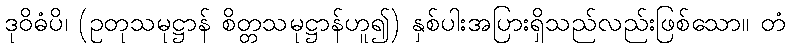
ဒုဝိဓံပိ၊ (ဥတုသမုဋ္ဌာန် စိတ္တသမုဋ္ဌာန်ဟူ၍) နှစ်ပါးအပြားရှိသည်လည်းဖြစ်သော။ တံ